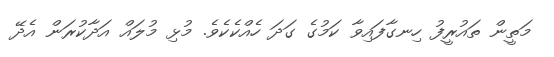
މަތީން ތައުރީފު ހިނގާފައިވާ ކަމުގެ ގަދަ ހެއްކެކެވެ. މުޅި މުލައް އަދާކުރަން އެދޭ